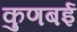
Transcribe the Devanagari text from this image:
कुणबई